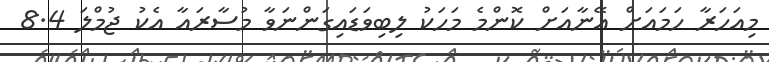
މިއަހަރާ ހަމައަށް އޭނާއަށް ކޮންމެ މަހަކު ލިބިވަޑައިގަންނަވާ މުސާރައާ އެކު ޖުމްލަ 8.4